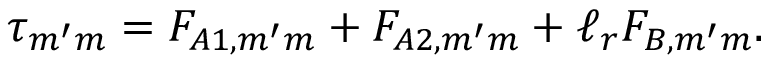
\tau _ { m ^ { \prime } m } = F _ { A 1 , m ^ { \prime } m } + F _ { A 2 , m ^ { \prime } m } + \ell _ { r } F _ { B , m ^ { \prime } m } .